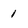
Character: 1